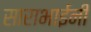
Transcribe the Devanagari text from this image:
साराभाईनी